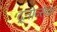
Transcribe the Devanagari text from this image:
द्र्नोव्सेक